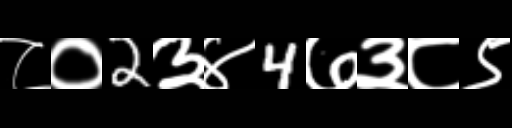
Text: ८०2३४4७३८९